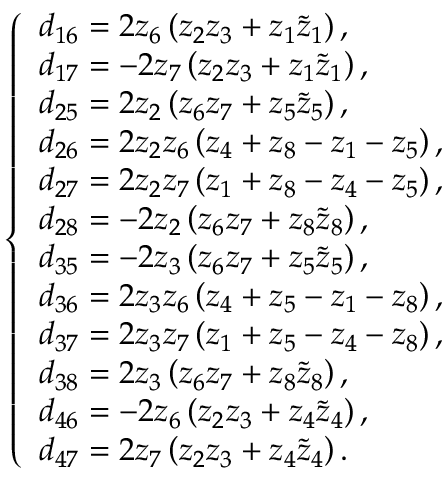
\left\{ \begin{array} { l l } { d _ { 1 6 } = 2 z _ { 6 } \left( z _ { 2 } z _ { 3 } + z _ { 1 } \tilde { z } _ { 1 } \right) , } \\ { d _ { 1 7 } = - 2 z _ { 7 } \left( z _ { 2 } z _ { 3 } + z _ { 1 } \tilde { z } _ { 1 } \right) , } \\ { d _ { 2 5 } = 2 z _ { 2 } \left( z _ { 6 } z _ { 7 } + z _ { 5 } \tilde { z } _ { 5 } \right) , } \\ { d _ { 2 6 } = 2 z _ { 2 } z _ { 6 } \left( z _ { 4 } + z _ { 8 } - z _ { 1 } - z _ { 5 } \right) , } \\ { d _ { 2 7 } = 2 z _ { 2 } z _ { 7 } \left( z _ { 1 } + z _ { 8 } - z _ { 4 } - z _ { 5 } \right) , } \\ { d _ { 2 8 } = - 2 z _ { 2 } \left( z _ { 6 } z _ { 7 } + z _ { 8 } \tilde { z } _ { 8 } \right) , } \\ { d _ { 3 5 } = - 2 z _ { 3 } \left( z _ { 6 } z _ { 7 } + z _ { 5 } \tilde { z } _ { 5 } \right) , } \\ { d _ { 3 6 } = 2 z _ { 3 } z _ { 6 } \left( z _ { 4 } + z _ { 5 } - z _ { 1 } - z _ { 8 } \right) , } \\ { d _ { 3 7 } = 2 z _ { 3 } z _ { 7 } \left( z _ { 1 } + z _ { 5 } - z _ { 4 } - z _ { 8 } \right) , } \\ { d _ { 3 8 } = 2 z _ { 3 } \left( z _ { 6 } z _ { 7 } + z _ { 8 } \tilde { z } _ { 8 } \right) , } \\ { d _ { 4 6 } = - 2 z _ { 6 } \left( z _ { 2 } z _ { 3 } + z _ { 4 } \tilde { z } _ { 4 } \right) , } \\ { d _ { 4 7 } = 2 z _ { 7 } \left( z _ { 2 } z _ { 3 } + z _ { 4 } \tilde { z } _ { 4 } \right) . } \end{array} \right.